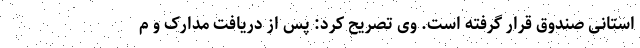
استانی صندوق قرار گرفته است. وی تصریح کرد: پس از دریافت مدارک و م